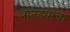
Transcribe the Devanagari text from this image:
आतड्यांचा